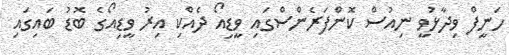
ހަނީފް ވިދާޅުވީ ނިއުސް ކޮންފަރެންސްގައި ވީޑިއޯ ދެއްކި އިރު ވީޑިއޯގެ ބޮޑު ބައިގައި